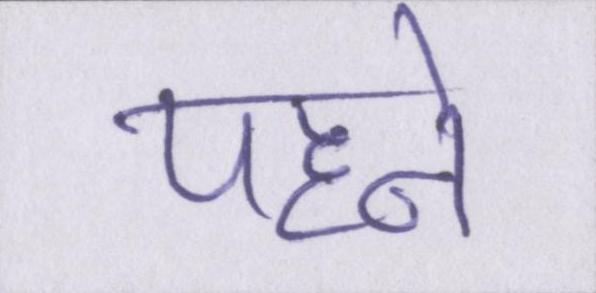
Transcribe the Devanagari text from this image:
पहने